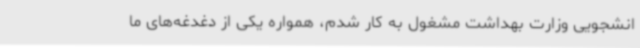
انشجویی وزارت بهداشت مشغول به کار شدم، همواره یکی از دغدغه‌های ما